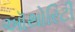
ઑથોરિટી